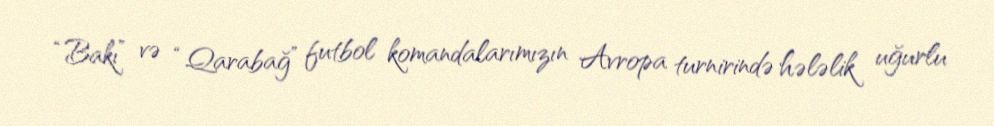
“Bakı” və “Qarabağ” futbol komandalarımızın Avropa turnirində hələlik uğurlu